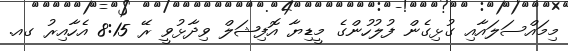
މިމައްސަލައާއި ގުޅިގެން ފުލުހުންގެ މީޑިޔާ އޮފިޝަލް ވިދާޅުވީ ރޭ 8:15 އެހާއިރު ގއ.